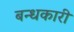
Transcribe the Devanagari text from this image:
बन्धकारी